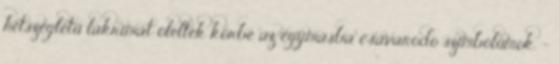
hétszegletű lakrimát öleltek körbe az egymásba csavarodó szimbólumok. -